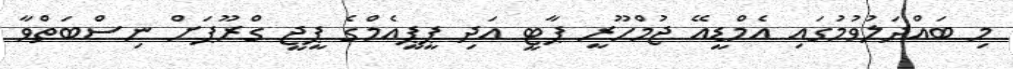
މި ބައްދަލުވުމުގައި އެމްޑީއޭ ޖުމްހޫރީ ޕާޓީ އަދި ޕީޕީއެމްގެ ޕީޖީ ގްރޫޕަށް ނިސްބަތްވާ